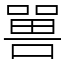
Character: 嘼